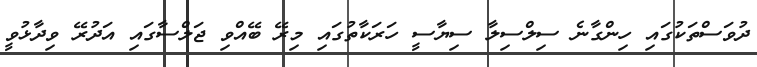
ދުވަސްތަކުގައި ހިންގާނެ ސިލްސިލާ ސިޔާސީ ހަރަކާތުގައި މިރޭ ބޭއްވި ޖަލްސާގައި އަދުރޭ ވިދާޅުވީ